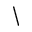
\backslash